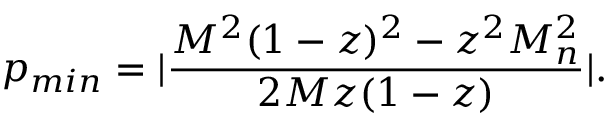
p _ { m i n } = | \frac { M ^ { 2 } ( 1 - z ) ^ { 2 } - z ^ { 2 } M _ { n } ^ { 2 } } { 2 M z ( 1 - z ) } | .